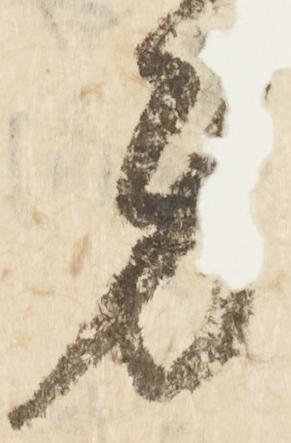
身